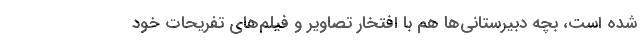
شده است، بچه دبیرستانی‌ها هم با افتخار تصاویر و فیلم‌های تفریحات خود